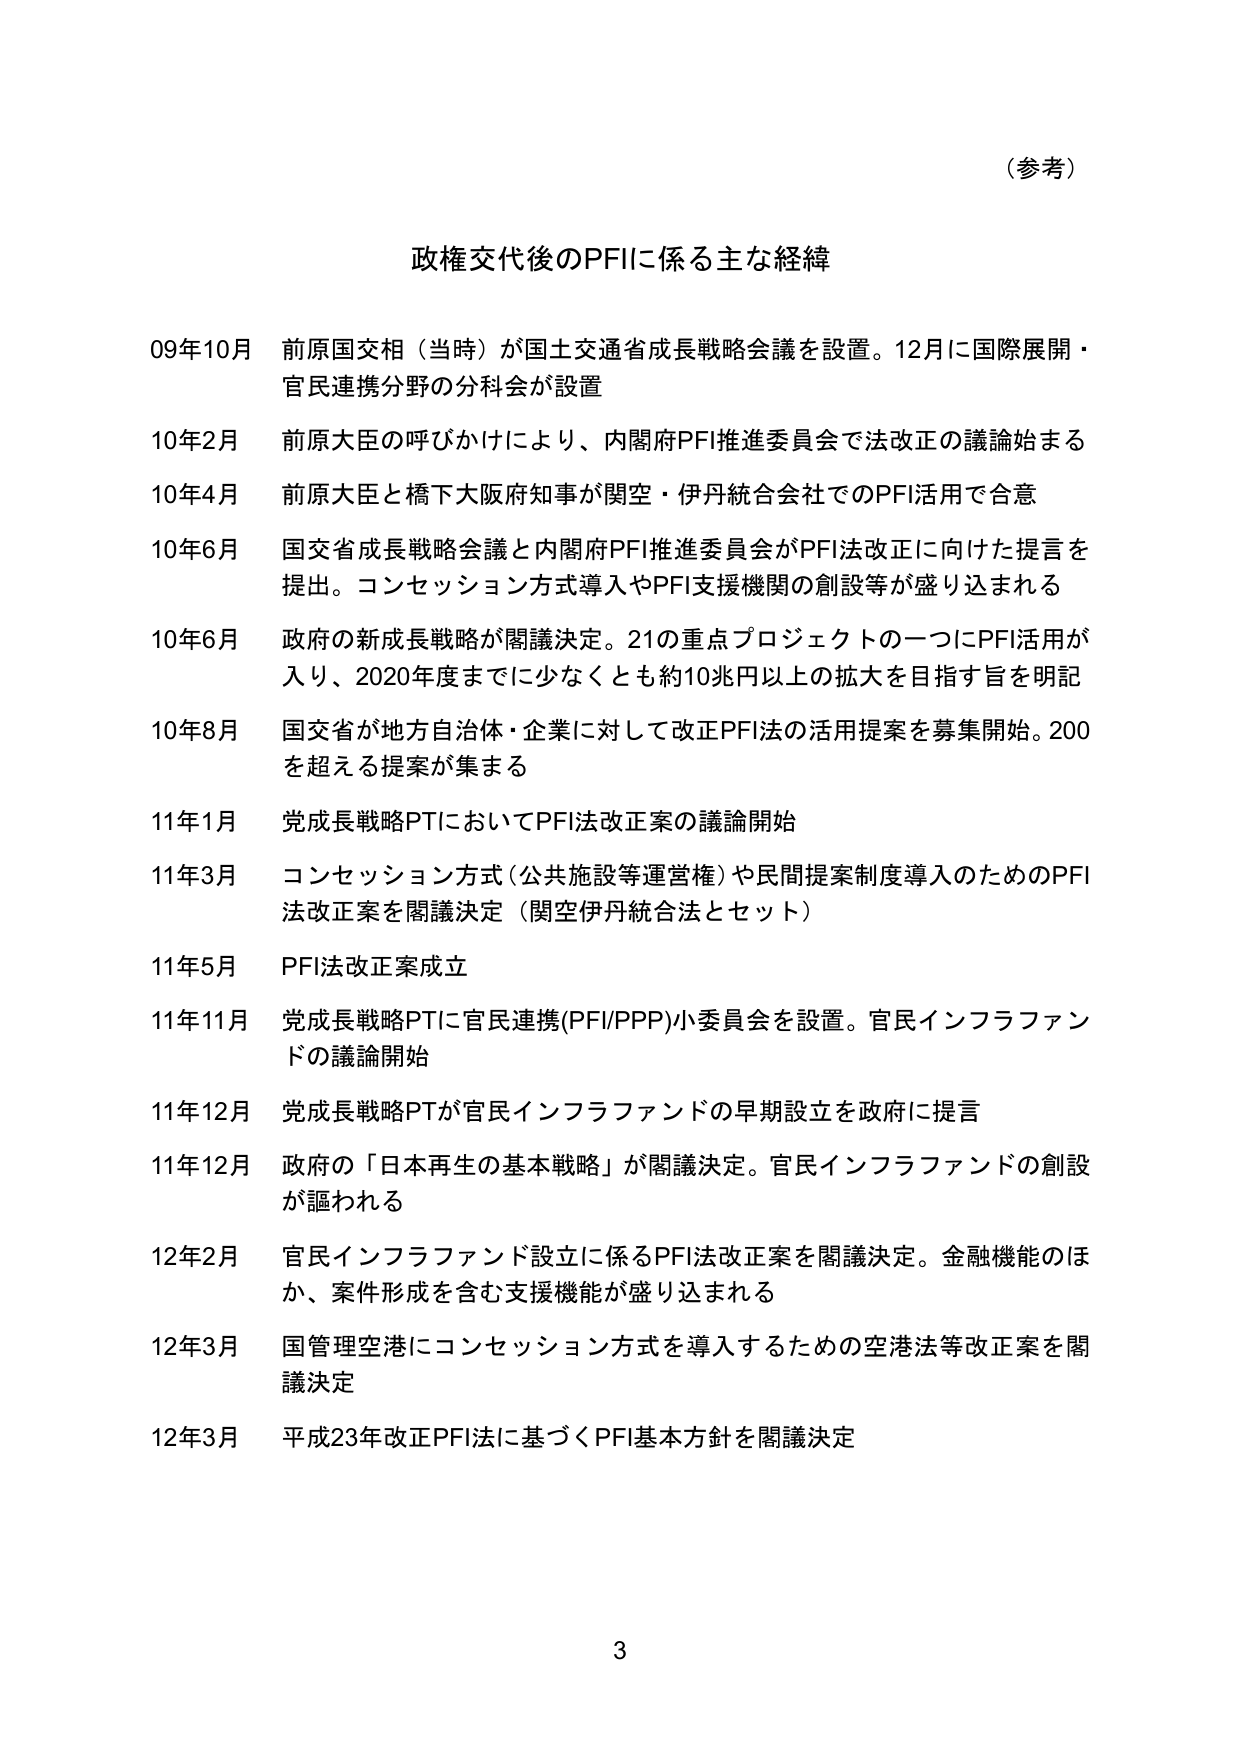
（参考）

政権交代後のPFIに係る主な経緯

09年10月 前原国交相（当時）が国土交通省成長戦略会議を設置。12月に国際展開・官民連携分野の分科会が設置

10年2月 前原大臣の呼びかけにより、内閣府PFI推進委員会で法改正の議論始まる

10年4月 前原大臣と橋下大阪府知事が関空・伊丹統合会社でのPFI活用で合意

10年6月 国交省成長戦略会議と内閣府PFI推進委員会がPFI法改正に向けた提言を提出。コンセッション方式導入やPFI支援機関の創設等が盛り込まれる

10年6月 政府の新成長戦略が閣議決定。21の重点プロジェクトの一つにPFI活用が入り、2020年度までに少なくとも約10兆円以上の拡大を目指す旨を明記

10年8月 国交省が地方自治体・企業に対して改正PFI法の活用提案を募集開始。200を超える提案が集まる

11年1月 党成長戦略PTにおいてPFI法改正案の議論開始

11年3月 コンセッション方式（公共施設等運営権）や民間提案制度導入のためのPFI法改正案を閣議決定（関空伊丹統合法とセット）

11年5月 PFI法改正案成立

11年11月 党成長戦略PTに官民連携(PFI/PPP)小委員会を設置。官民インフラファンドの議論開始

11年12月 党成長戦略PTが官民インフラファンドの早期設立を政府に提言

11年12月 政府の「日本再生の基本戦略」が閣議決定。官民インフラファンドの創設が謳われる

12年2月 官民インフラファンド設立に係るPFI法改正案を閣議決定。金融機能のほか、案件形成を含む支援機能が盛り込まれる

12年3月 国管理空港にコンセッション方式を導入するための空港法等改正案を閣議決定

12年3月 平成23年改正PFI法に基づくPFI基本方針を閣議決定

3